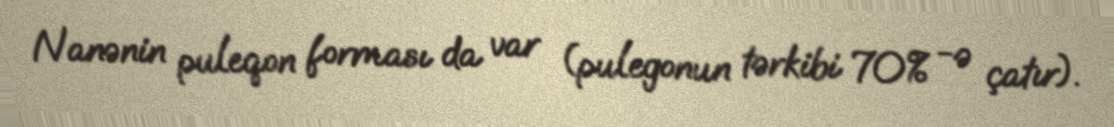
Nanənin puleqon forması da var (pulegonun tərkibi 70% -ə çatır).